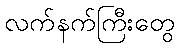
လက်နက်ကြီးတွေ